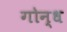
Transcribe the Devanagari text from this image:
गोन्ध